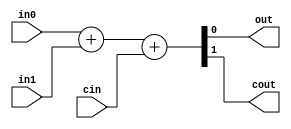
//========================================================================
// Verilog Components: Arithmetic Components
//========================================================================

`ifndef VC_ARITHMETIC_V
`define VC_ARITHMETIC_V

//------------------------------------------------------------------------
// Adders
//------------------------------------------------------------------------

module vc_Adder
#(
  parameter p_nbits = 1
)(
  input  [p_nbits-1:0] in0,
  input  [p_nbits-1:0] in1,
  input                cin,
  output [p_nbits-1:0] out,
  output               cout
);

  assign {cout,out} = in0 + in1 + cin;

endmodule

module vc_SimpleAdder
#(
  parameter p_nbits = 1
)(
  input  [p_nbits-1:0] in0,
  input  [p_nbits-1:0] in1,
  output [p_nbits-1:0] out
);

  assign out = in0 + in1;

endmodule

//------------------------------------------------------------------------
// Subtractor
//------------------------------------------------------------------------

module vc_Subtractor
#(
  parameter p_nbits = 1
)(
  input  [p_nbits-1:0] in0,
  input  [p_nbits-1:0] in1,
  output [p_nbits-1:0] out
);

  assign out = in0 - in1;

endmodule

//------------------------------------------------------------------------
// Incrementer
//------------------------------------------------------------------------

module vc_Incrementer
#(
  parameter p_nbits     = 1,
  parameter p_inc_value = 1
)(
  input  [p_nbits-1:0] in,
  output [p_nbits-1:0] out
);

  assign out = in + p_inc_value;

endmodule

//------------------------------------------------------------------------
// ZeroExtender
//------------------------------------------------------------------------

module vc_ZeroExtender
#(
  parameter p_in_nbits  = 1,
  parameter p_out_nbits = 8
)(
  input   [p_in_nbits-1:0] in,
  output [p_out_nbits-1:0] out
);

  assign out = { {( p_out_nbits - p_in_nbits ){1'b0}}, in };

endmodule

//------------------------------------------------------------------------
// SignExtender
//------------------------------------------------------------------------

module vc_SignExtender
#(
 parameter p_in_nbits = 1,
 parameter p_out_nbits = 8
)
(
  input   [p_in_nbits-1:0] in,
  output [p_out_nbits-1:0] out
);

  assign out = { {(p_out_nbits-p_in_nbits){in[p_in_nbits-1]}}, in };

endmodule

//------------------------------------------------------------------------
// ZeroComparator
//------------------------------------------------------------------------

module vc_ZeroComparator
#(
  parameter p_nbits = 1
)(
  input  [p_nbits-1:0] in,
  output               out
);

  assign out = ( in == {p_nbits{1'b0}} );

endmodule

//------------------------------------------------------------------------
// EqComparator
//------------------------------------------------------------------------

module vc_EqComparator
#(
  parameter p_nbits = 1
)(
  input  [p_nbits-1:0] in0,
  input  [p_nbits-1:0] in1,
  output               out
);

  assign out = ( in0 == in1 );

endmodule

//------------------------------------------------------------------------
// LtComparator
//------------------------------------------------------------------------

module vc_LtComparator
#(
  parameter p_nbits = 1
)(
  input  [p_nbits-1:0] in0,
  input  [p_nbits-1:0] in1,
  output               out
);

  assign out = ( in0 < in1 );

endmodule

//------------------------------------------------------------------------
// GtComparator
//------------------------------------------------------------------------

module vc_GtComparator
#(
  parameter p_nbits = 1
)(
  input  [p_nbits-1:0] in0,
  input  [p_nbits-1:0] in1,
  output               out
);

  assign out = ( in0 > in1 );

endmodule

//------------------------------------------------------------------------
// LeftLogicalShifter
//------------------------------------------------------------------------

module vc_LeftLogicalShifter
#(
  parameter p_nbits       = 1,
  parameter p_shamt_nbits = 1 )
(
  input        [p_nbits-1:0] in,
  input  [p_shamt_nbits-1:0] shamt,
  output       [p_nbits-1:0] out
);

  assign out = ( in << shamt );

endmodule

//------------------------------------------------------------------------
// RightLogicalShifter
//------------------------------------------------------------------------

module vc_RightLogicalShifter
#(
  parameter p_nbits       = 1,
  parameter p_shamt_nbits = 1
)(
  input        [p_nbits-1:0] in,
  input  [p_shamt_nbits-1:0] shamt,
  output       [p_nbits-1:0] out
);

  assign out = ( in >> shamt );

endmodule

`endif /* VC_ARITHMETIC_V */